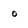
Character: o